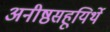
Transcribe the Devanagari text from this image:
अनीष्ठसहूयिर्थे